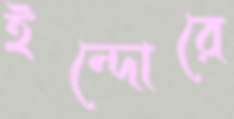
ইন্দোরে